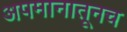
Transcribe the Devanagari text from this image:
अपमानातूनच